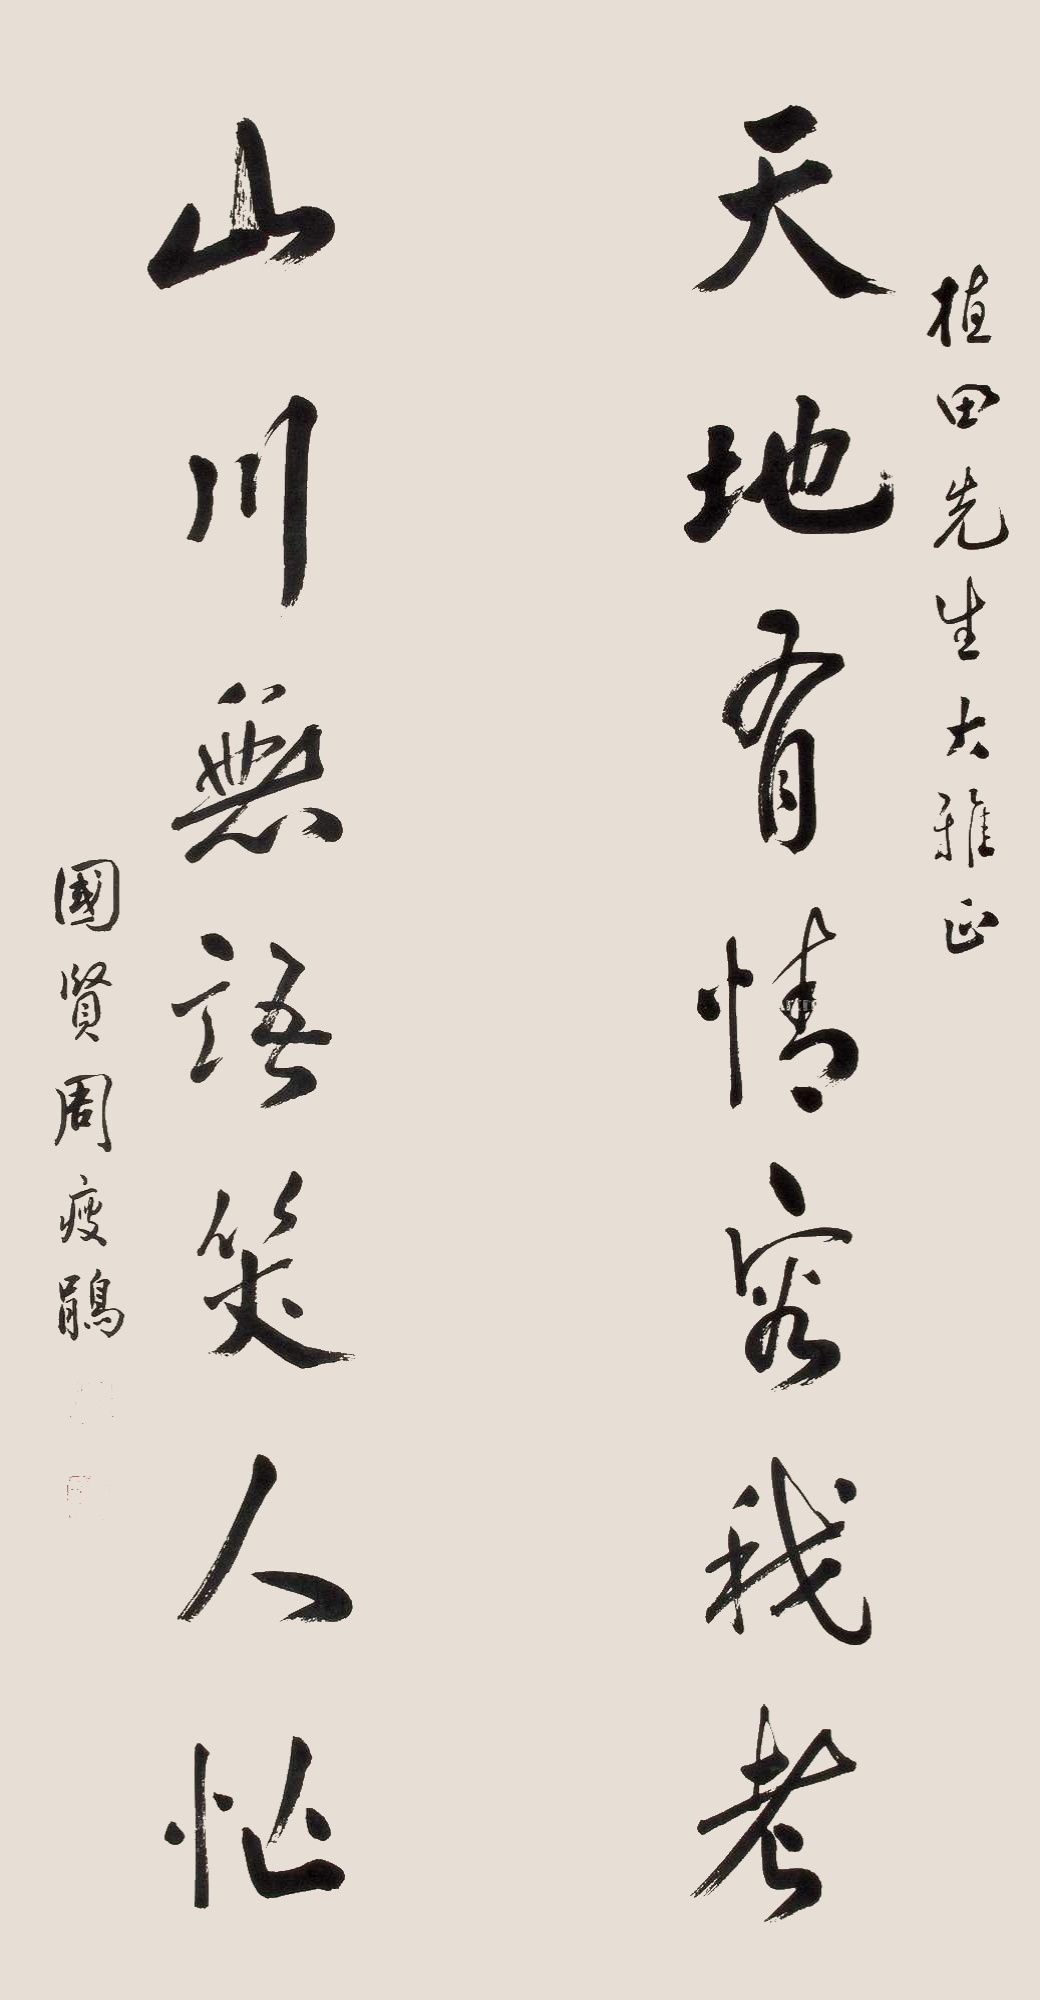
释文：天地有情容我老，山川无语笑人忙植田先生大雅正，国贤周痩鹃。